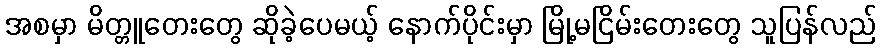
အစမှာ မိတ္တူတေးတွေ ဆိုခဲ့ပေမယ့် နောက်ပိုင်းမှာ မြို့မငြိမ်းတေးတွေ သူပြန်လည်